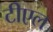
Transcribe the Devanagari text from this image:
टीएल